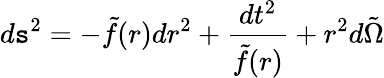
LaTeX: d\mathtt{s}^{2}=-\tilde{{f}}(r)dr^{2}+\frac{{dt^{2}}}{{\tilde{{f}}(r)}}+r^{2}d\tilde{{\Omega}}